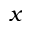
x